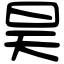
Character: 昊